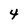
Character: 4